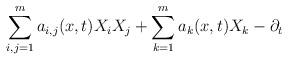
LaTeX: \begin{align*}\sum_{i,j =1}^m a_{i,j}(x,t) X_i X_j + \sum_{k=1}^m a_k(x,t) X_k - \partial_t\end{align*}